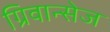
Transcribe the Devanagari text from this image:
ग्रिवान्सेज